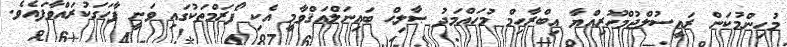
މުހިންމުކަން ރައީސުލްޖުމްހޫރިއްޔާ އިބްރާހިމް މުހައްމަދު ޞާލިޙް ބައިނަލްއަޤްވާމީ އެކި ފޯރަމްތަކުގައި ވަނީ ފާހަގަކުރައްވާފައެވެ.